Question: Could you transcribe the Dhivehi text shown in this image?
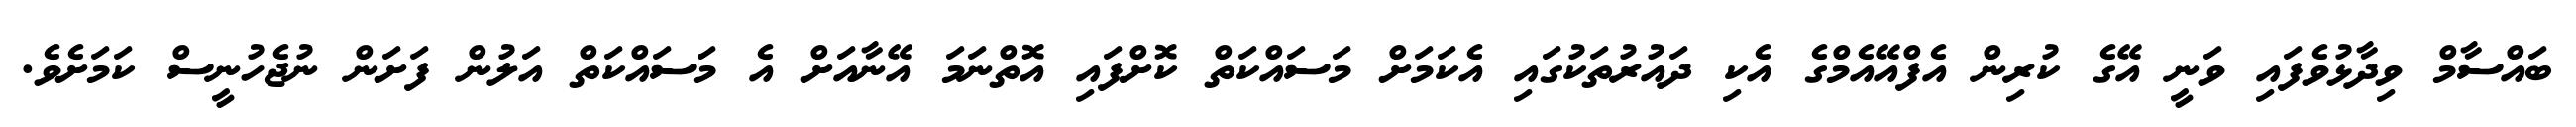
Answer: ބައްސާމް ވިދާޅުވެފައި ވަނީ އޭގެ ކުރިން އެފްއޭއެމްގެ އެކި ދައުރުތަކުގައި އެކަމަށް މަސައްކަތް ކޮށްފައި އޮތްނަމަ އޭނާއަށް އެ މަސައްކަތް އަލުން ފަށަން ނުޖެހުނީސް ކަމަށެވެ.